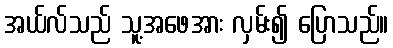
အယ်လ်သည် သူ့အဖေအား လှမ်း၍ ပြောသည်။